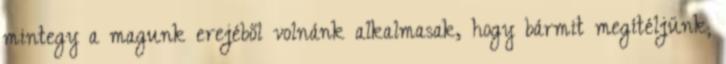
mintegy a magunk erejéből volnánk alkalmasak, hogy bármit megítéljünk;